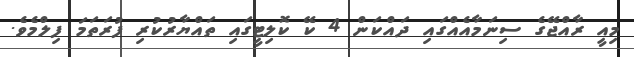
މިއީ ރާއްޖޭގެ ސިނަމާއެއްގައި ދައްކަން 4 ކޭ ކޮލިޓީގައި ތައްޔާރުކުރި ފުރަތަމަ ފިލްމެވެ.